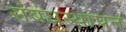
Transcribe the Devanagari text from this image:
संबंधस्थापन